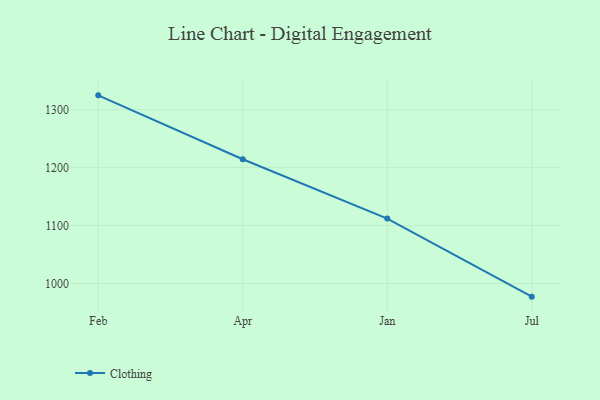
{"axis": {"x": "Month", "y": "Demand Index"}, "legend": ["Clothing"], "data": [{"x": "Feb", "y": 1324.7, "type": "Clothing"}, {"x": "Apr", "y": 1214.5, "type": "Clothing"}, {"x": "Jan", "y": 1112.0, "type": "Clothing"}, {"x": "Jul", "y": 977.3, "type": "Clothing"}]}